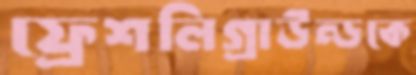
ফ্রেশলিগ্রাউন্ডকে